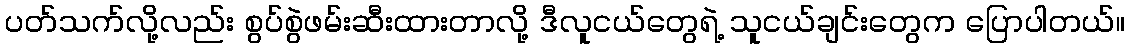
ပတ်သက်လို့လည်း စွပ်စွဲဖမ်းဆီးထားတာလို့ ဒီလူငယ်တွေရဲ့ သူငယ်ချင်းတွေက ပြောပါတယ်။